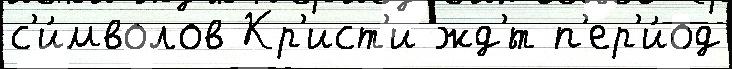
с'и́мволов Кр'ист'и жд'́т п'ер'и́од